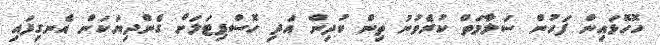
ހޮހޮޅައިން ފަހުން ސަލާމަތް ކުރެވުނު ތިން ކުދިން އަދި ހޮސްޕިޓަލަށް ގެންދިޔަކަން އެނގިފައި